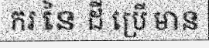
ករ នៃ ដី ប្រើ មាន